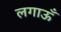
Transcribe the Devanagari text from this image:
लगाऊँ